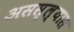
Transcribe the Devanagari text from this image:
असस्ल्यास